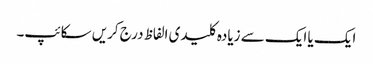
ایک یا ایک سے زیادہ کلیدی الفاظ درج کریں سکائپ۔